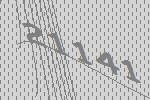
21141